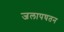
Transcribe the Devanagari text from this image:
जलापघतन